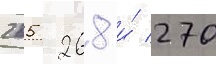
265 268 и́ 270